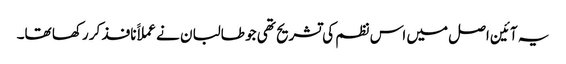
یہ آئین اصل میں اس نظم کی تشریح تھی جو طالبان نے عملاََ نافذ کر رکھا تھا۔